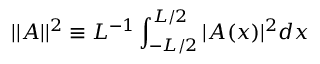
| | A | | ^ { 2 } \equiv L ^ { - 1 } \int _ { - L / 2 } ^ { L / 2 } | A ( x ) | ^ { 2 } d x